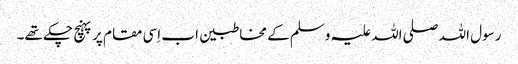
رسول اللہ صلی اللہ علیہ وسلم کے مخاطبین اب اِسی مقام پر پہنچ چکے تھے۔